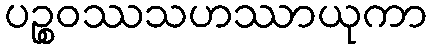
ပဉ္စဝဿသဟဿာယုကာ